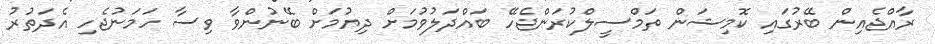
ރާއްޖެއިން ބޭރުގައި ކޮމިޝަން ތަމްސީލްކުރަންޖެހޭ ބައްދަލުވުމަށް ދިޔުމަށް ބޭނުންވާ ވިސާ ހަމަނުޖެހި އެދަތުރު